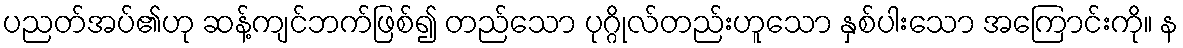
ပညတ်အပ်၏ဟု ဆန့်ကျင်ဘက်ဖြစ်၍ တည်သော ပုဂ္ဂိုလ်တည်းဟူသော နှစ်ပါးသော အကြောင်းကို။ န